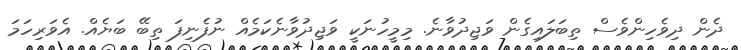
ދެން ދިވެހިންވެސް ތިބަލައިގެން ވަޖިދުވާނެ. މިމީހުނަކީ ވަޖިދުވާނެކަމެއް ނުފެނިފަ ތިބޭ ބަޔެއް. އެވަރިހަމަ